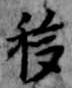
移